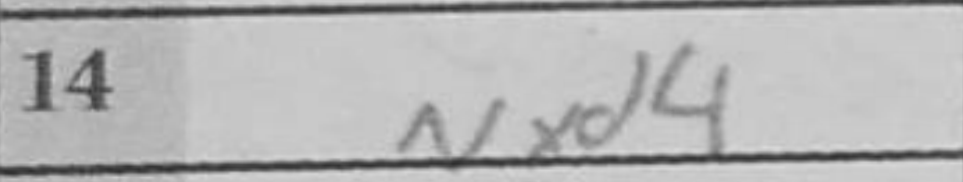
Transcription: Nxd4